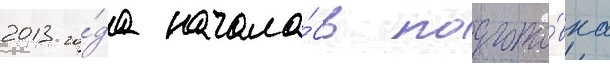
2013 го́да начала́сь подгото́вка